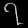
Digit: ၇